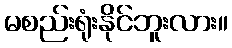
မစည်းရုံးနိုင်ဘူးလား။